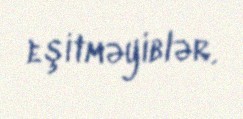
eşitməyiblər.